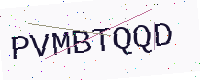
Text: PVMBTQQD